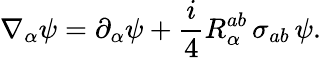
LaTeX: \nabla_{\alpha}\psi=\partial_{\alpha}\psi+\frac i4R_{\alpha}^{ab}\, \sigma_{ab}\, \psi.